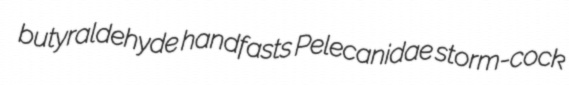
butyraldehyde handfasts Pelecanidae storm-cock